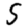
Digit: 5